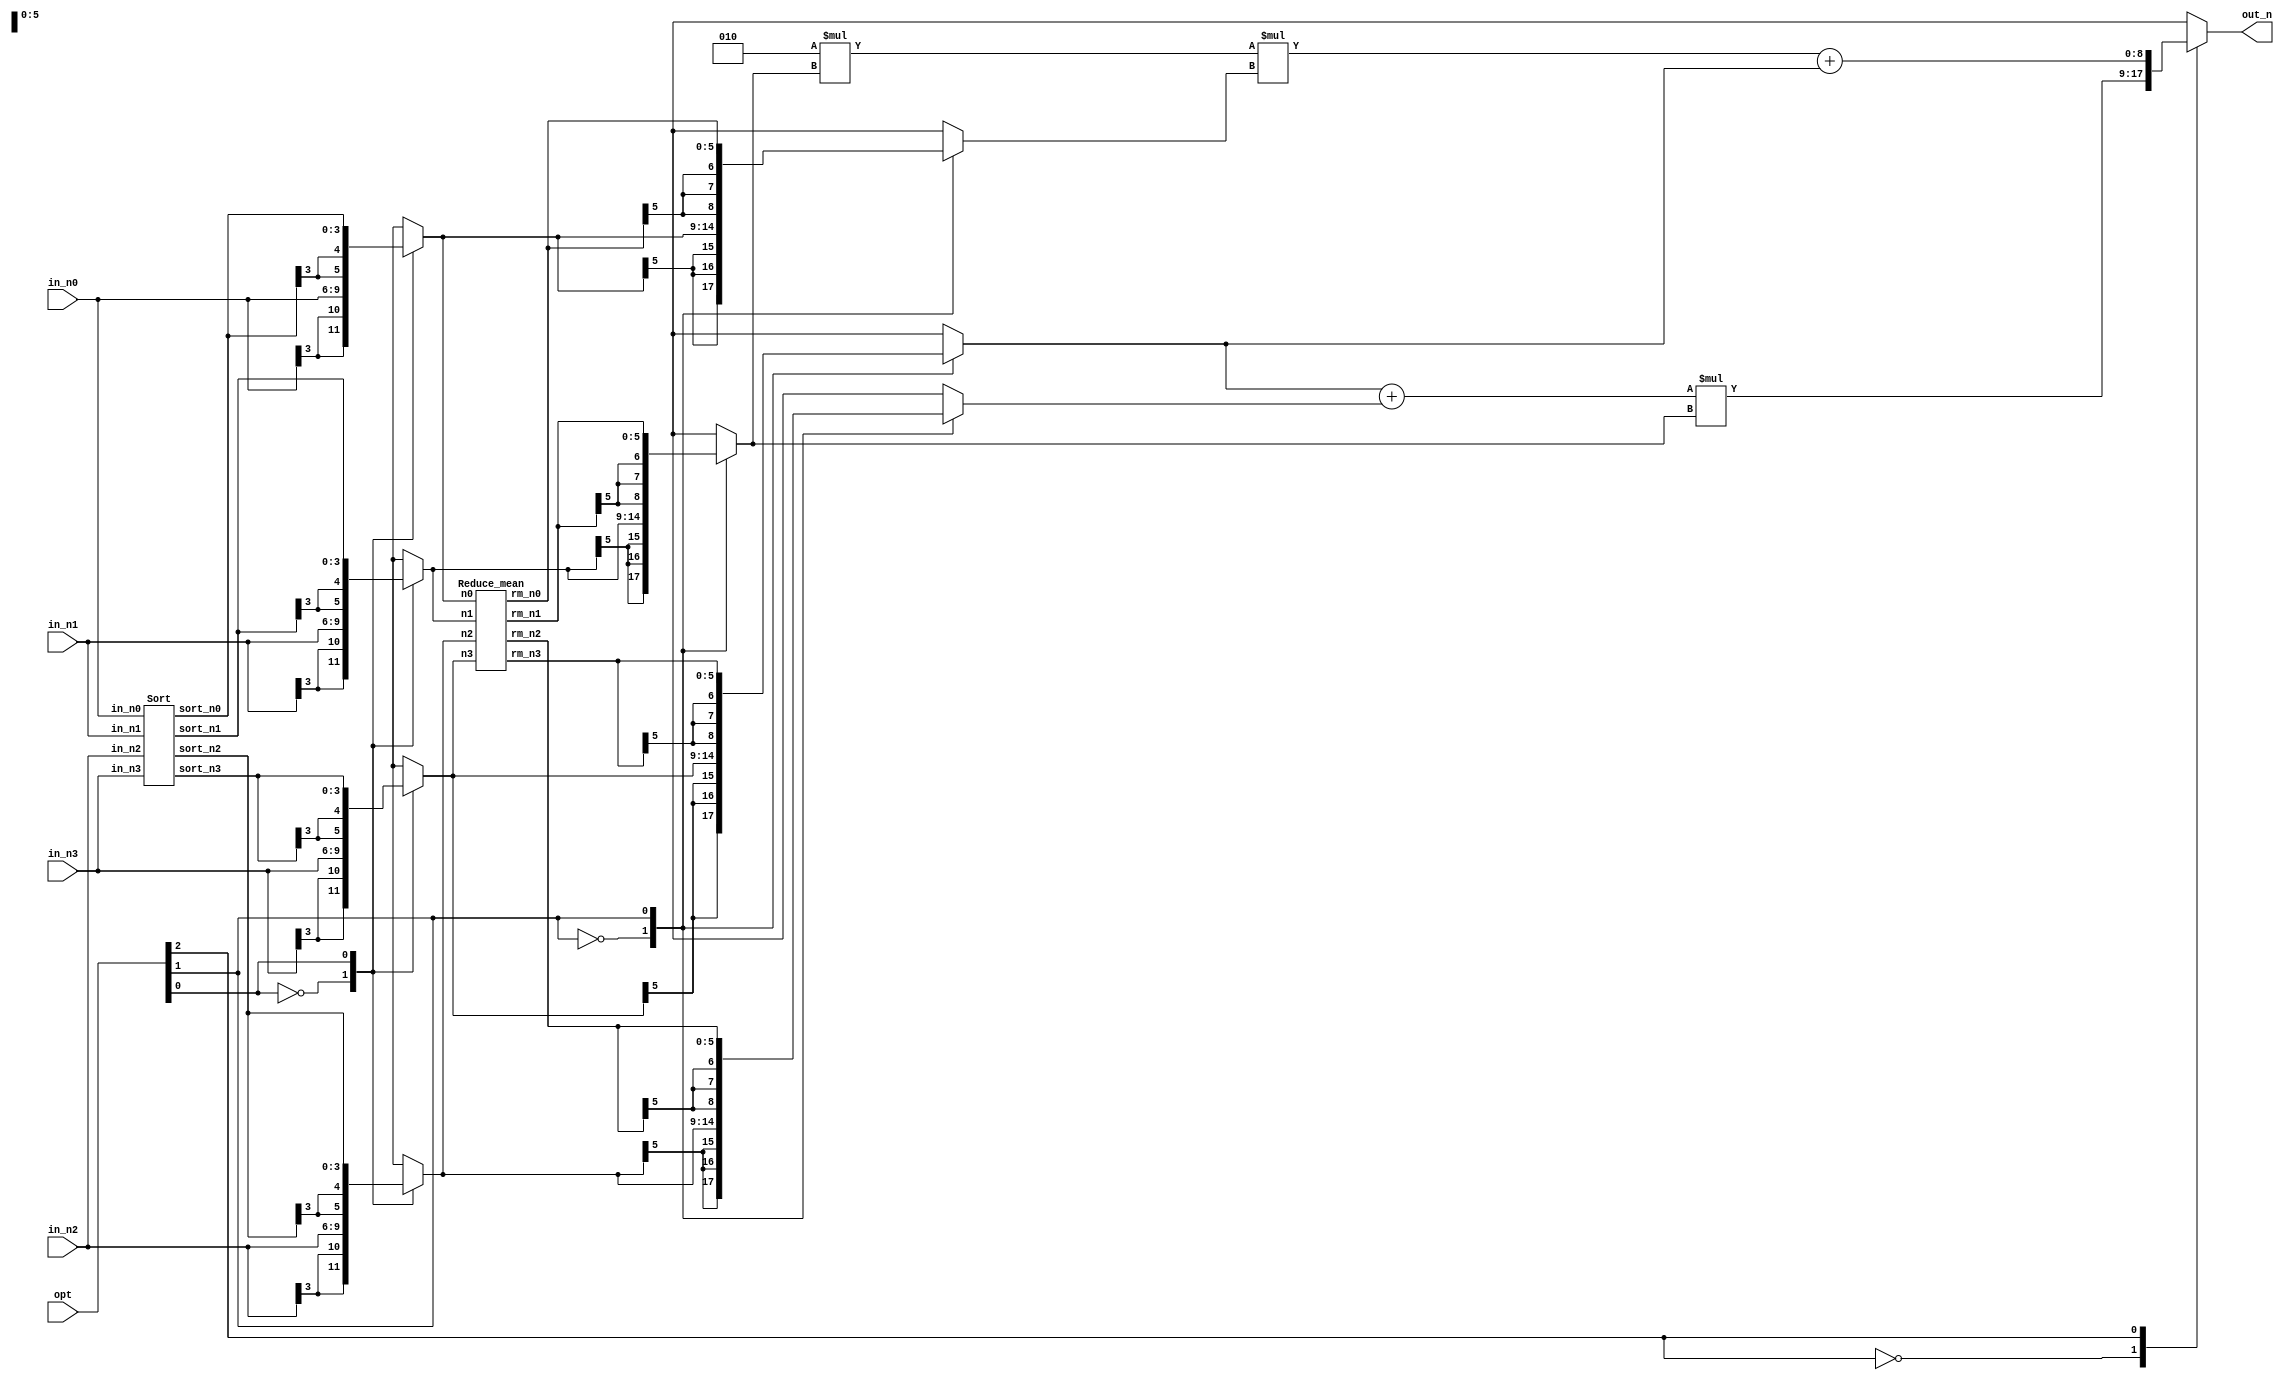
module CC(
	in_n0,
	in_n1, 
	in_n2, 
	in_n3, 
	opt,
	out_n
);

input wire signed [3:0] in_n0, in_n1, in_n2, in_n3;
input wire [2:0] opt;
output reg signed [8:0] out_n;

reg signed [5:0] n0, n1, n2, n3;				// Input for RM stage, using 6-bit to avoid over flow
reg signed [8:0] ar_n0, ar_n1, ar_n2, ar_n3;	// Input for AR stage, using 8-bit to avoid over flow 		

wire signed [3:0] sort_n0, sort_n1, sort_n2, sort_n3; // Result after Sort Stage, n0>>>n3
wire signed [5:0] rm_n0, rm_n1, rm_n2, rm_n3;	// Result after RM stage, using 6-bit to avoid over flowm


Sort sort_0(
	in_n0, in_n1, in_n2, in_n3, 
	sort_n0, sort_n1, sort_n2,sort_n3	
);

Reduce_mean rm_0(
	n0, n1, n2, n3,
	rm_n0, rm_n1, rm_n2, rm_n3
);


// Select sorting output
always @(*) begin
	case (opt[0])
		1'b0: begin
			n0 <= in_n0;
			n1 <= in_n1;
			n2 <= in_n2;
			n3 <= in_n3;
		end
		1'b1: begin
			n0 <= sort_n0;
			n1 <= sort_n1;
			n2 <= sort_n2;
			n3 <= sort_n3;			
		end
	endcase
end

// Select reduce mean
always @(*) begin
	case (opt[1])
		1'b0: begin
			ar_n0 <= n0;
			ar_n1 <= n1;
			ar_n2 <= n2;
			ar_n3 <= n3;	
		end
		1'b1: begin
			ar_n0 <= rm_n0;
			ar_n1 <= rm_n1;
			ar_n2 <= rm_n2;
			ar_n3 <= rm_n3;				
		end
	endcase
end

// Select arithmatic op
always @(*) begin
	case (opt[2])
		1'b0: begin
			out_n = (ar_n3 + ar_n2) * ar_n1;
		end
		1'b1: begin
			out_n = (2 * ar_n1 * ar_n0) + ar_n3;
		end
	endcase
end


endmodule


module Reduce_mean (
	n0, n1, n2, n3,
	rm_n0, rm_n1, rm_n2, rm_n3
);

input wire signed [5:0] n0, n1, n2, n3;	// Using 6-bit to avoid over flow
output reg signed [5:0] rm_n0, rm_n1, rm_n2, rm_n3;

reg signed [5:0] mean;

always @(*) begin
	mean = (n0 + n1 + n2 + n3);

	if (mean >= 0) begin
		mean = mean >>> 2;
	end else begin
		mean = -mean;
		mean = mean >>> 2;
		mean = -mean;
	end

	rm_n0 <= n0 - mean;
	rm_n1 <= n1 - mean;
	rm_n2 <= n2 - mean;
	rm_n3 <= n3 - mean;
end

endmodule

module Sort (
	in_n0, in_n1, in_n2, in_n3, 
	sort_n0, sort_n1, sort_n2, sort_n3	
);

input signed [3:0] in_n0, in_n1, in_n2, in_n3;
output signed [3:0] sort_n0, sort_n1, sort_n2, sort_n3;

wire [1:0] max_idx, min_idx;
wire [3:0] temp_max[0:1], temp_min[0:1], mux_num_out_0[0:2], mux_num_out_1[0:1];
wire [1:0] temp_max_idx[0:1], temp_min_idx[0:1], mux_idx_out_0[0:2], mux_idx_out_1[0:1];


// Sorting module
max max_0(in_n0, in_n1, 2'b00, 2'b01, temp_max[0], temp_max_idx[0]);
max max_1(temp_max[0], in_n2, temp_max_idx[0], 2'b10, temp_max[1], temp_max_idx[1]);
max max_2(temp_max[1], in_n3, temp_max_idx[1], 2'b11, sort_n0, max_idx);

min min_0(in_n0, in_n1, 2'b00, 2'b01, temp_min[0], temp_min_idx[0]);
min min_1(temp_min[0], in_n2, temp_min_idx[0], 2'b10, temp_min[1], temp_min_idx[1]);
min min_2(temp_min[1], in_n3, temp_min_idx[1], 2'b11, sort_n3, min_idx);

mux_4_3 mux_4_3_0(
				{in_n0, in_n1, in_n2, in_n3}, 
				{2'b00, 2'b01, 2'b10, 2'b11},
				max_idx, 
				{mux_num_out_0[0], mux_num_out_0[1], mux_num_out_0[2]},
				{mux_idx_out_0[0], mux_idx_out_0[1], mux_idx_out_0[2]}
				); 

mux_3_2 mux_3_2_0(
				{mux_num_out_0[0], mux_num_out_0[1], mux_num_out_0[2]},
				{mux_idx_out_0[0], mux_idx_out_0[1], mux_idx_out_0[2]},
				min_idx, 
				{mux_num_out_1[0], mux_num_out_1[1]},
				{mux_idx_out_1[0], mux_idx_out_1[1]}
				);

compare compare_0(mux_num_out_1[0], mux_num_out_1[1], sort_n1, sort_n2);

endmodule



module mux_4_3 (
		num,
		idx,
		sel_idx,
		num_out,
		idx_out
	);

input wire [15:0] num;
input wire [7:0] idx;
input wire [1:0] sel_idx;

wire [3:0] temp_num [0:3];
wire [1:0] temp_idx [0:3];

output reg [11:0] num_out; // Packing 3 4-bit num into a 12-bit array, num[0:2]
output reg [5:0] idx_out; // Packing 3 2-bit idx into a 6-bit array, idx[0:2]

// Unpacking
assign {temp_num[0], temp_num[1], temp_num[2], temp_num[3]} = num;
assign {temp_idx[0], temp_idx[1], temp_idx[2], temp_idx[3]} = idx;

always @(*) begin
	if (sel_idx == temp_idx[0]) begin
		num_out <= {temp_num[1], temp_num[2], temp_num[3]};
		idx_out <= {temp_idx[1], temp_idx[2], temp_idx[3]};
	end else if (sel_idx == temp_idx[1]) begin
		num_out <= {temp_num[0], temp_num[2], temp_num[3]};
		idx_out <= {temp_idx[0], temp_idx[2], temp_idx[3]};
	end else if (sel_idx == temp_idx[2]) begin
		num_out <= {temp_num[0], temp_num[1], temp_num[3]};
		idx_out <= {temp_idx[0], temp_idx[1], temp_idx[3]};
	end else begin
		num_out <= {temp_num[0], temp_num[1], temp_num[2]};
		idx_out <= {temp_idx[0], temp_idx[1], temp_idx[2]};
	end	
end

endmodule

module mux_3_2 (
		num,
		idx,
		sel_idx,
		num_out,
		idx_out
	);

input wire [11:0] num;
input wire [5:0] idx;
input wire [1:0] sel_idx;

wire [3:0] temp_num [0:2];
wire [1:0] temp_idx [0:2];

output reg [7:0] num_out; // Packing 3 4-bit num into a 12-bit array, num[0:2]
output reg [3:0] idx_out; // Packing 3 2-bit idx into a 6-bit array, idx[0:2]

// Unpacking
assign {temp_num[0], temp_num[1], temp_num[2]} = num;
assign {temp_idx[0], temp_idx[1], temp_idx[2]} = idx;

always @(*) begin
	if (sel_idx == temp_idx[0]) begin
		num_out <= {temp_num[1], temp_num[2]};
		idx_out <= {temp_idx[1], temp_idx[2]};
	end else if (sel_idx == temp_idx[1]) begin
		num_out <= {temp_num[0], temp_num[2]};
		idx_out <= {temp_idx[0], temp_idx[2]};
	end else begin
		num_out <= {temp_num[0], temp_num[1]};
		idx_out <= {temp_idx[0], temp_idx[1]};
	end	
end


endmodule
	

module max (
	num_1,
	num_2,
	idx_1,
	idx_2,
	max_num,
	max_idx
	);

input signed [3:0] num_1, num_2;
input wire [1:0] idx_1, idx_2;
output reg signed [3:0] max_num;
output reg [1:0] max_idx;


always @(*) begin
	if (num_1 > num_2) begin
		max_num <= num_1;
		max_idx <= idx_1;
	end else begin
		max_num <= num_2;
		max_idx <= idx_2;	
	end
end

endmodule


module min (
	num_1,
	num_2,
	idx_1,
	idx_2,
	min_num,
	min_idx
	);

input signed [3:0] num_1, num_2;
input wire [1:0] idx_1, idx_2;
output reg signed [3:0] min_num;
output reg [1:0] min_idx;

always @(*) begin
	if (num_1 > num_2) begin
		min_num <= num_2;
		min_idx <= idx_2;
	end else begin
		min_num <= num_1;
		min_idx <= idx_1;	
	end
end


endmodule

module compare (
		num_1,
		num_2,
		max_num,
		min_num
	);

input wire signed [3:0] num_1, num_2;
output reg signed [3:0] max_num, min_num;


always @(*) begin
	if (num_1 > num_2) begin
		max_num <= num_1;
		min_num <= num_2;
	end else begin
		max_num <= num_2;
		min_num <= num_1;
	end
end
endmodule